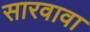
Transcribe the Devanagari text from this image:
सारवावा